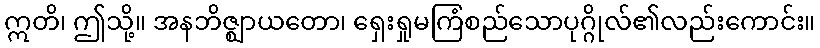
ဣတိ၊ ဤသို့။ အနဘိဇ္ဈာယတော၊ ရှေးရှုမကြံစည်သောပုဂ္ဂိုလ်၏လည်းကောင်း။